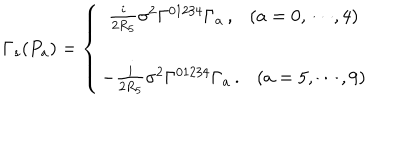
\Gamma _ { s } ( P _ { a } ) = \left\{ \begin{array} { c } { { \frac { i } { 2 R _ { 5 } } \sigma ^ { 2 } \Gamma ^ { 0 1 2 3 4 } \Gamma _ { a } \, , \ \ \ ( a = 0 , \cdots , 4 ) } } \\ { { - \frac { i } { 2 R _ { 5 } } \sigma ^ { 2 } \Gamma ^ { 0 1 2 3 4 } \Gamma _ { a } \, . \ \ \ ( a = 5 , \cdots , 9 ) } } \\ \end{array} \right.